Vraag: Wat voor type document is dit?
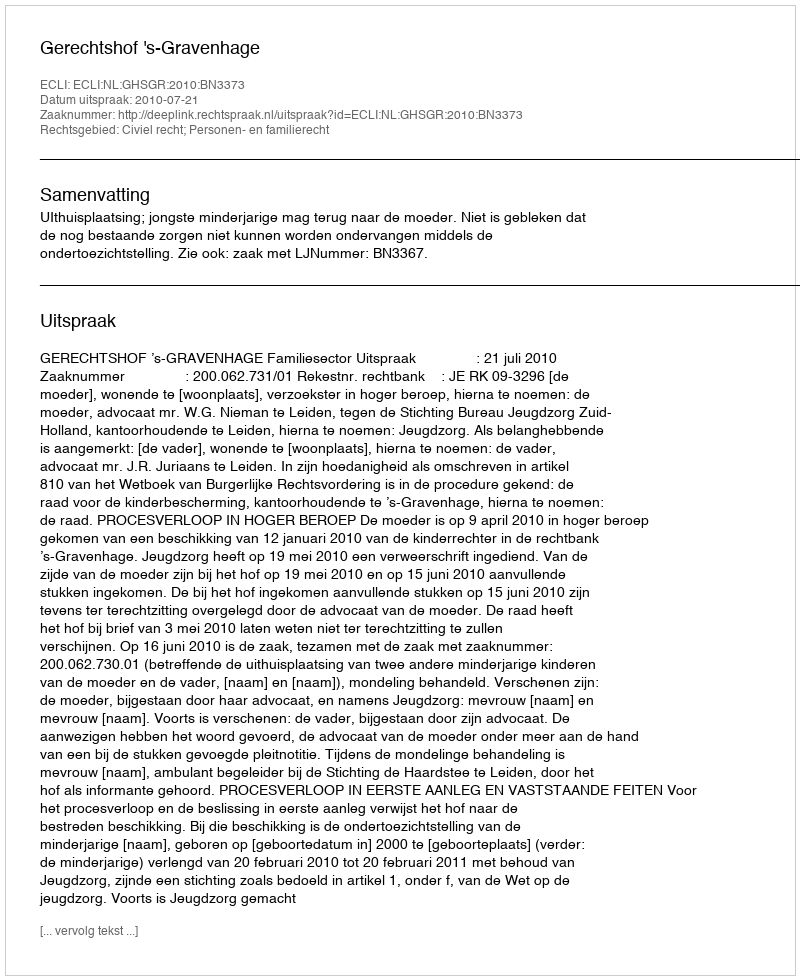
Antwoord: Uitspraak